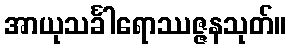
အာယုသင်္ခါရောဿဇ္ဇနသုတ်။